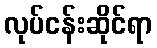
လုပ်ငန်းဆိုင်ရာ